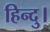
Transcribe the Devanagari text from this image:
हिन्दु।